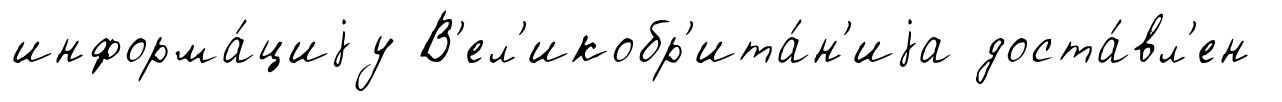
информа́циjу В'ел'икобр'ита́н'иjа доста́вл'ен